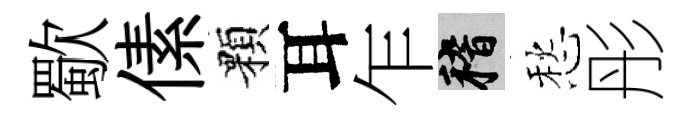
歜傃顆耳乍稽愁彤